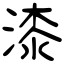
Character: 漆